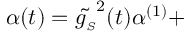
\alpha ( t ) = \tilde { g _ { \scriptscriptstyle S } } ^ { 2 } ( t ) \alpha ^ { ( 1 ) } +